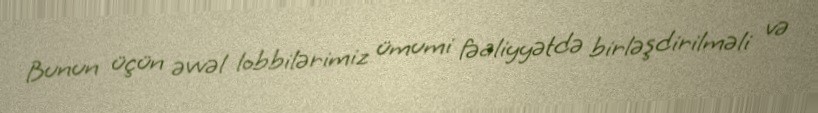
Bunun üçün əvvəl lobbilərimiz ümumi fəaliyyətdə birləşdirilməli və